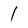
Character: l